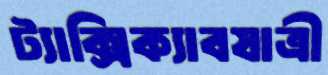
ট্যাক্সিক্যাবযাত্রী